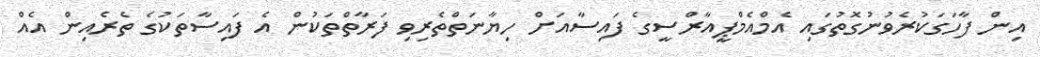
އިން ފާހަގަކުރެވުނުގޮތުގައި އެމްއެމްޕީއާރްސީގެ ފައިސާއަށް ހިޔާނަތްތެރިވި ފަރާތްތަކުން އެ ފައިސާތަކުގެ ތެރެއިން އެއް